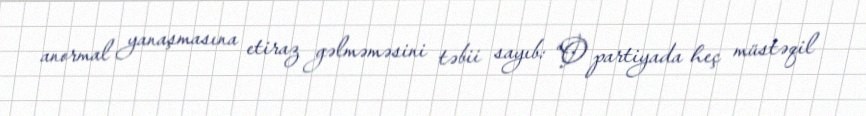
anormal yanaşmasına etiraz gəlməməsini təbii sayıb: “O partiyada heç müstəqil